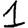
Digit: 1